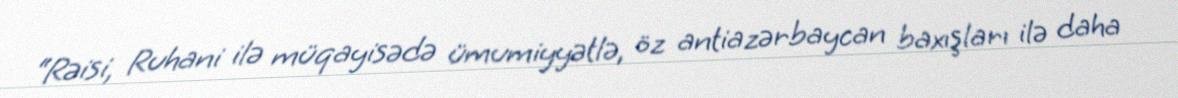
“Rəisi, Ruhani ilə müqayisədə ümumiyyətlə, öz antiazərbaycan baxışları ilə daha